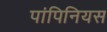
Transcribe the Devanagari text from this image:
पांपिनियस